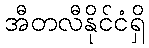
အီတလီနိုင်ငံရှိ